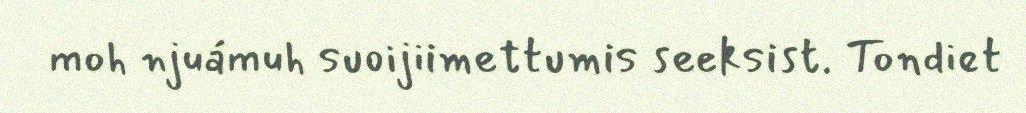
moh njuámuh suoijiimettumis seeksist. Tondiet